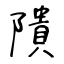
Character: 隤